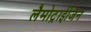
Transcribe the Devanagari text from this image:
लैमोट्राईजिन